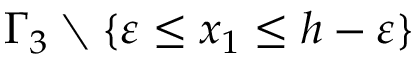
\Gamma _ { 3 } \setminus \{ \varepsilon \leq x _ { 1 } \leq h - \varepsilon \}